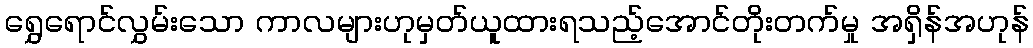
ရွှေရောင်လွှမ်းသော ကာလများဟုမှတ်ယူထားရသည့်အောင်တိုးတက်မှု အရှိန်အဟုန်